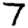
Digit: 7